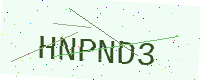
Text: HNPND3